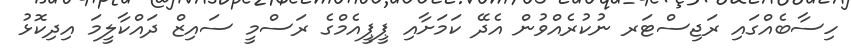
ހިސާބެއްގައި ރަޖިސްޓަރ ނުކުރެއްވުން އެދޭ ކަމަށާއި ޕީޕީއެމްގެ ރަސްމީ ސައިޒް ދައްކާލީމަ އިދިކޮޅު